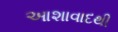
આશાવાદથી